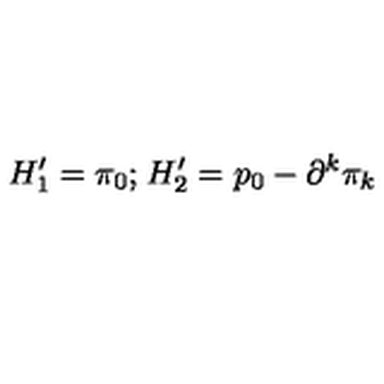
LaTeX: H _ { 1 } ^ { \prime } = \pi _ { 0 } ; _ { } { } _ { } H _ { 2 } ^ { \prime } = p _ { 0 } - \partial ^ { k } \pi _ { k }